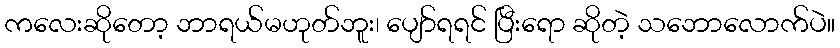
ကလေးဆိုတော့ ဘာရယ်မဟုတ်ဘူး၊ ပျော်ရရင် ပြီးရော ဆိုတဲ့ သဘောလောက်ပဲ။